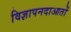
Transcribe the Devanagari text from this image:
विज्ञापनदाआतों